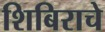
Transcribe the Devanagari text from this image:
शिबिराचे